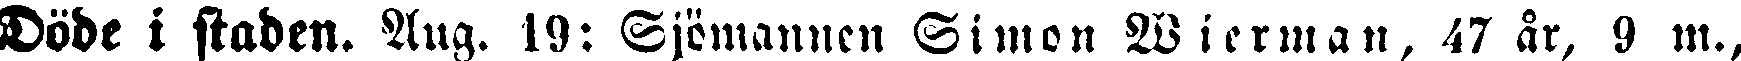
Döde i staden. Aug. 19: Sjömannen Simon Wierman, 47 år, 9 m.,